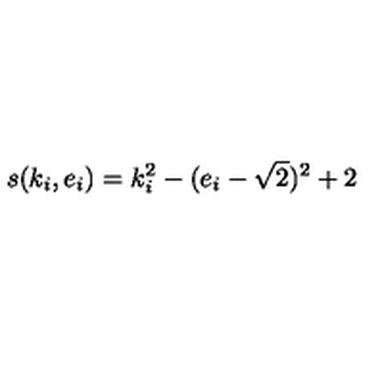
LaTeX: s ( k _ { i } , e _ { i } ) = k _ { i } ^ { 2 } - ( e _ { i } - \sqrt { 2 } ) ^ { 2 } + 2